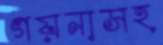
গয়নাসহ